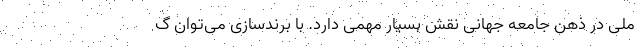
ملی در ذهن جامعه جهانی نقش بسیار مهمی دارد. با برندسازی می‌توان گ